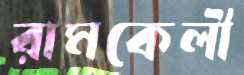
রামকেলী